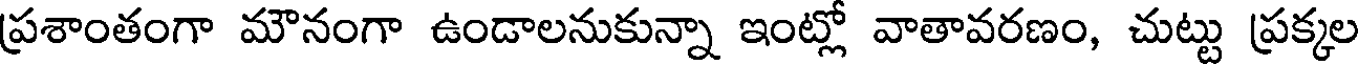
ప్రశాంతంగా మౌనంగా ఉండాలనుకున్నా ఇంట్లో వాతావరణం, చుట్టు ప్రక్కల